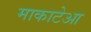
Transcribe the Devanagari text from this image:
माकाटेआ